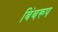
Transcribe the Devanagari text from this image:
बिंबरूप